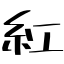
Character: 紅